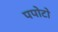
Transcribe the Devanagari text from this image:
पपोटो